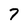
Character: 7